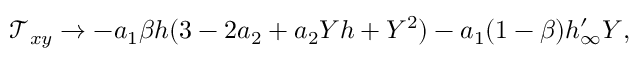
\mathcal { T } _ { x y } \to - a _ { 1 } \beta h ( 3 - 2 a _ { 2 } + a _ { 2 } Y h + Y ^ { 2 } ) - a _ { 1 } ( 1 - \beta ) h _ { \infty } ^ { \prime } Y ,